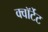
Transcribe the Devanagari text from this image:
क्वॉर्टेट